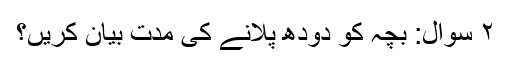
۲ سوال: بچہ کو دودھ پلانے کی مدت بیان کریں؟